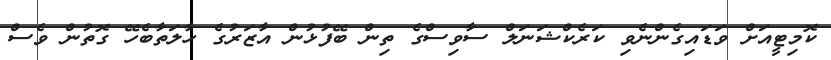
ކޮމިޓީއަށް ވަޑައިގެންނެވި ކަރެކްޝަނަލް ސާވިސްގެ ތިން ބޭފުޅުން އާޒަރުގެ ހާލަތާބެހޭ ގޮތުން ވެސް